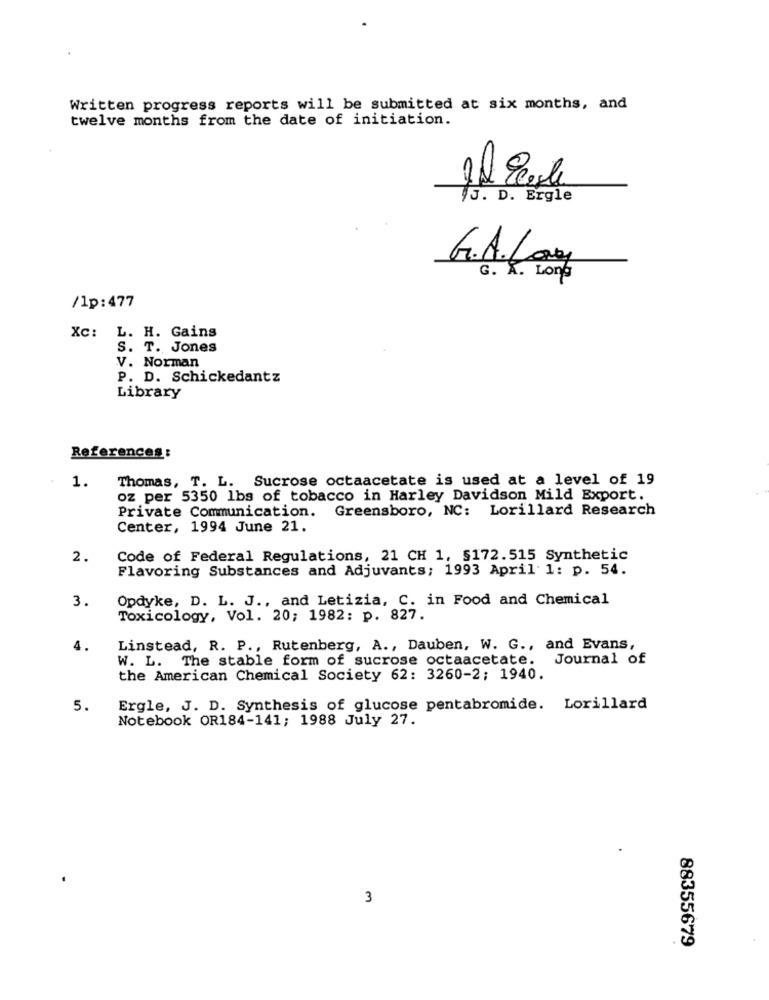
Written progress reports will be submitted at six months, and
twelve months from the date of initiation.
Il Eagle
75. D. Ergle
G.A.Lay
G. A. Long
/1p:477
Xc: L. H. Gains
S. T. Jones
V. Norman
P. D. Schickedantz
Library
References:
Thomas, T. L. Sucrose octaacetate is used at a level of 19
1.
oz per 5350 lbs of tobacco in Harley Davidson Mild Export.
Private Communication. Greensboro, NC: Lorillard Research
Center, 1994 June 21.
2.
Code of Federal Regulations, 21 CH 1, $172.515 Synthetic
Flavoring Substances and Adjuvants; 1993 April 1: p. 54.
3.
Opdyke, D. L. J ., and Letizia, C. in Food and Chemical
Toxicology, Vol. 20; 1982: p. 827.
4.
Linstead, R. P ., Rutenberg, A ., Dauben, W. G ., and Evans,
W. L. The stable form of sucrose octaacetate. Journal of
the American Chemical Society 62: 3260-2; 1940.
5.
Ergle, J. D. Synthesis of glucose pentabromide. Lorillard
Notebook OR184-141; 1988 July 27.
3
88355679